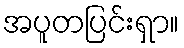
အပူတပြင်းရှာ။